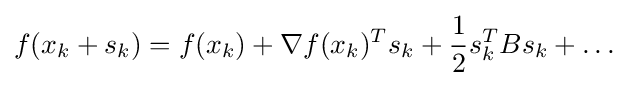
f(x_{k}+s_{k})=f(x_{k})+\nabla f(x_{k})^{T}s_{k}+{\frac {1}{2}}s_{k}^{T}{B}s_{k}+\dots